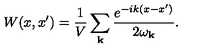
W ( x , x ^ { \prime } ) = \frac { 1 } { V } \sum _ { { \bf k } } \frac { e ^ { - i k ( x - x ^ { \prime } ) } } { 2 \omega _ { { \bf k } } } .